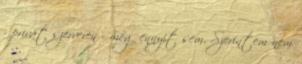
- privát szerveren - még ennyit sem. Szerintem nem